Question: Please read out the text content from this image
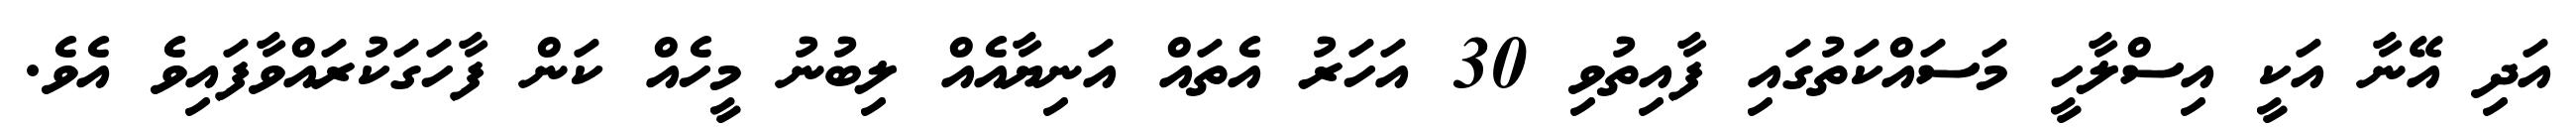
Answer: އަދި އޭނާ އަކީ އިސްލާހީ މަސައްކަތުގައި ފާއިތުވި 30 އަހަރު އެތައް އަނިޔާއެއް ލިބުނު މީހެއް ކަން ފާހަގަކުރައްވާފައިވެ އެވެ.